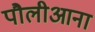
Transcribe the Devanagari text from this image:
पौलीआना